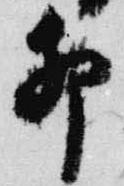
卯